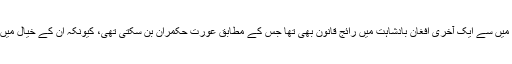
جن شقوں کو کاٹا گیا تھا ان میں سے ایک آخری افغان بادشاہت میں رائج قانون بھی تھا جس کے مطابق عورت حکمران بن سکتی تھی، کیونکہ ان کے خیال میں یہ شریعت کے مخالف تھا۔